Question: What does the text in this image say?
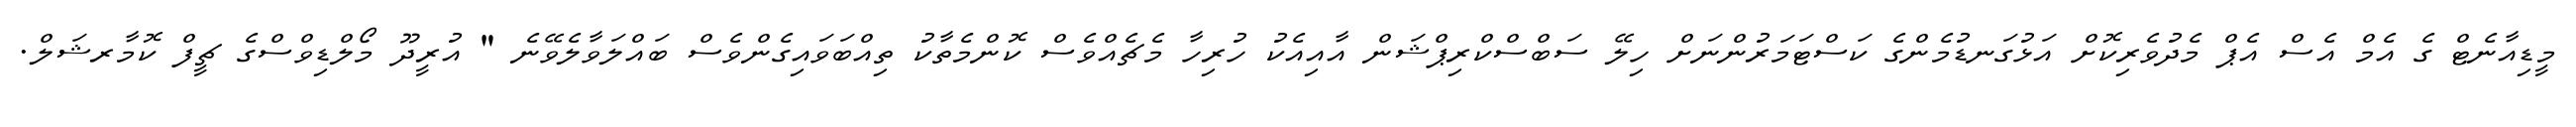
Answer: މީޑިއާނެޓް ގެ އެމް އެސް އެޕް މެދުވެރިކޮށް އަޅުގަނޑުމެންގެ ކަސްޓަމަރުންނަށް ހިލޭ ސަބްސްކްރިޕްޝަން އާއިއެކު ހުރިހާ މެޗެއްވެސް ކޮންމެތާކު ތިއްބަވައިގެންވެސް ބައްލަވާލެވޭނެ " އުރީދޫ މޯލްޑިވްސްގެ ޗީފް ކޮމާރޝަލް.